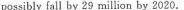
possibly fall by 29 million by 2020.